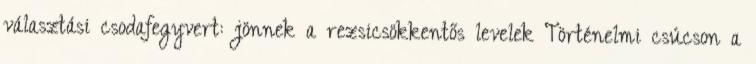
választási csodafegyvert: jönnek a rezsicsökkentős levelek Történelmi csúcson a